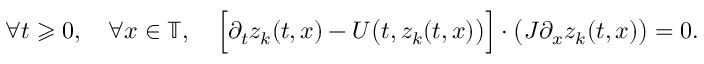
\forall t \geqslant 0 , \quad \forall x \in \mathbb { T } , \quad \Big [ \partial _ { t } z _ { k } ( t , x ) - U \big ( t , z _ { k } ( t , x ) \big ) \Big ] \cdot \big ( J \partial _ { x } z _ { k } ( t , x ) \big ) = 0 .